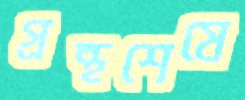
গ্রন্থশেষে